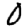
Digit: 0